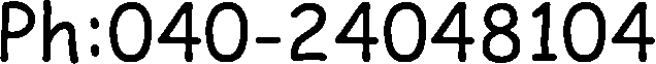
Ph:040-24048104